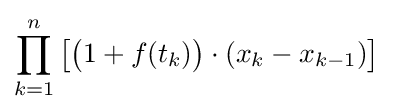
\prod _{k=1}^{n}\left[{\big (}1+f(t_{k}){\big )}\cdot (x_{k}-x_{k-1})\right]